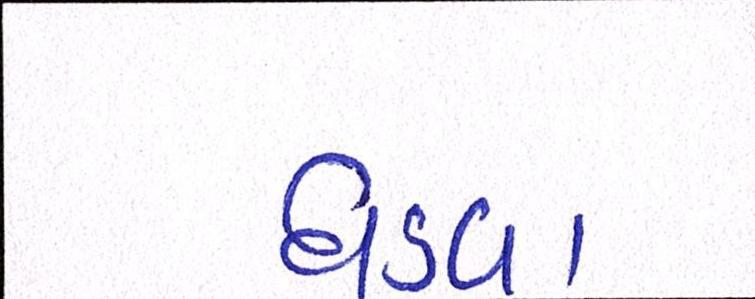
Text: ઘડવા